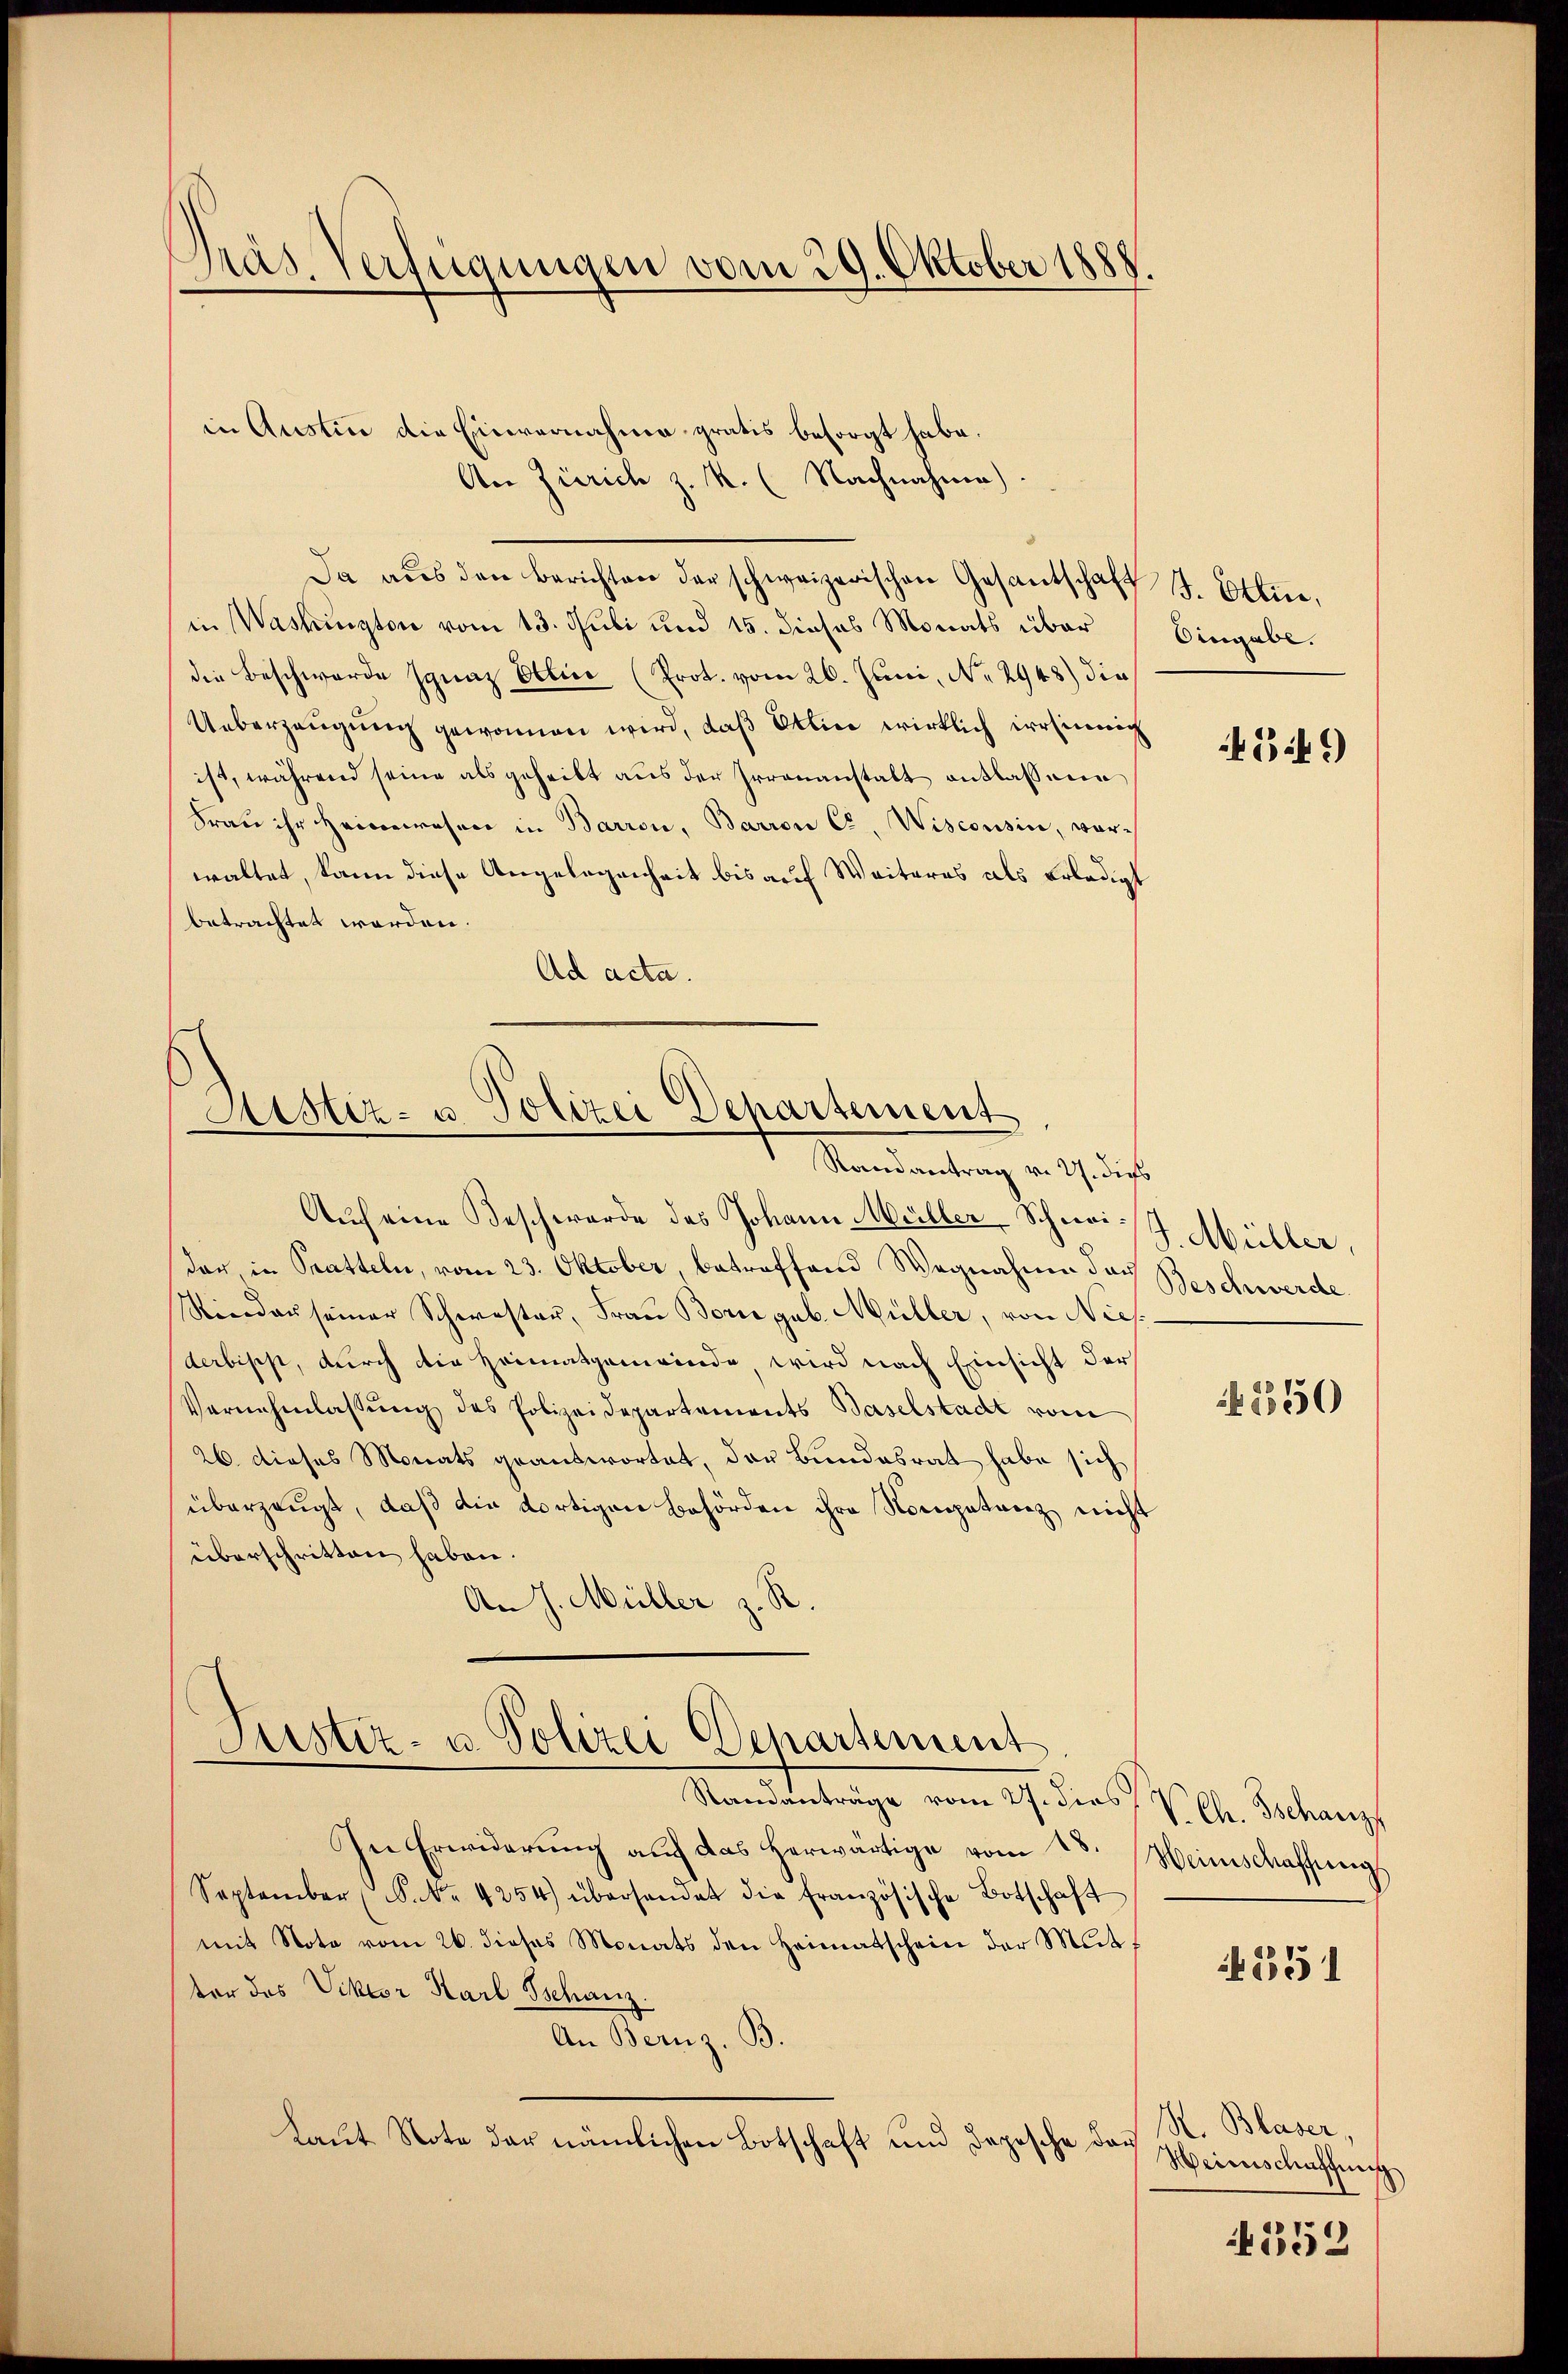
Gras Verfügungen vom 29. Oktober 1888

An Zürich z. R. (Nachnahme).
Da aŭs den Berichten der schweizerischen Gesantschaft J. Ettine,
in Washington vom 13. Juli und 15. dieses Monats über
die Beschwerde Ignaz Ettin (Prot. vom 26. Juni, No 2948) die
Ueberzeugung gewonnen wird, daß Aklin wirklich irrsinnig
ist, während seine als geheilt aus der Irrenanstalt entlassene
Frau ihr Heimwesen in Barron, Barron Co. Wisconsin, vorwaltet, kann diese Angelegenheit bis auf Weiteres als erledigt
betrachtet worden.
Ad acta.

in Auslin die Einvernahme gratis besorgt habe.

Astiz- u. Polizei Departement
Randantrag in ich des

Auch eine Beschwerde des Johann Müller Schwist Müller,
dar in Pratteln, vom 23. Oktober, betroffend Wegnahme das Beschwerde
Sindau seiner Schwester, Frau Borie gab. Müller, von Nies
derbischt, durch die Heimatgemeinde wird nach Einsicht der
Vernehmlassŭng des Polizeidepartements Baselstadt vom
26. dieses Monats geantwortet, der Bundesrat habe sich
überzeugt, daß die dortigen Behörden ihre Kompetenz nicht
überschritten haben.
An J. Müller z. R.

Justiz- u. Polizei Departement
Standanträge vom 27. dies V. Chr. Tschanz

In Erwiderŭng auf das herwärtige vom 28. Heinschaffung
September (S. Nr. 4254) überhandet die französische Botschaft
mit Note vom 26. dieses Monats den Heimatschein der Mit-
ter des Viktor Karl Tschanz.
An Bernz. B.
Laut Note der nämlichen Botschaft und Depesche das

Eingabe.

4349)

350

551

H. Blaser,
Weinschaffung

352